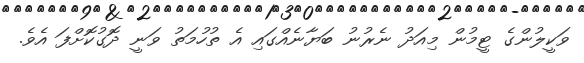
ވަކީލުންގެ ޓީމުން މިއަދު ނެރުނު ބަޔާނެއްގައި އެ ތުހުމަތު ވަނީ ދޮގުކޮށްފަ އެވެ.